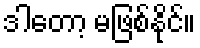
ဒါတော့ မဖြစ်နိုင်။